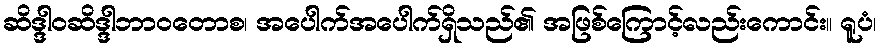
ဆိဒ္ဒါဝဆိဒ္ဒါဘာဝတောစ၊ အပေါက်အပေါက်ရှိသည်၏ အဖြစ်ကြောင့်လည်းကောင်း။ ရူပံ၊